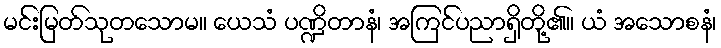
မင်းမြတ်သုတသောမ။ ယေသံ ပဏ္ဍိတာနံ၊ အကြင်ပညာရှိတို့၏။ ယံ အသောစနံ၊